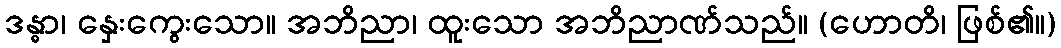
ဒန္ဓာ၊ နှေးကွေးသော။ အဘိညာ၊ ထူးသော အဘိညာဏ်သည်။ (ဟောတိ၊ ဖြစ်၏။)